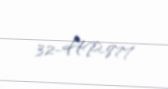
32-HP-877